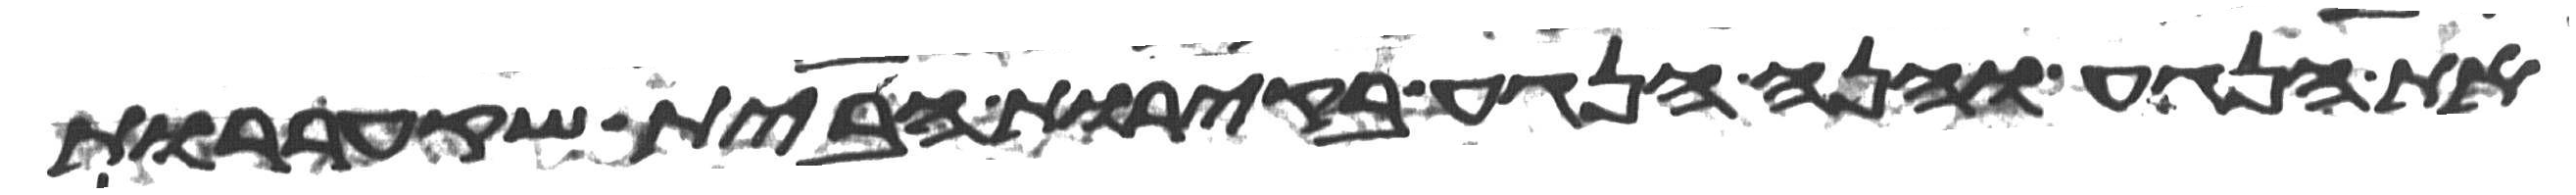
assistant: את הנגע והנה הנגע בקירות הבית שקעררות